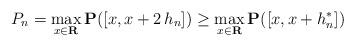
LaTeX: \begin{align*}P_{n}=\max_{x\in {\bf R}}{\bf P}([x,x+2\,h_{n}])\geq \max_{x\in {\bf R}}{\bf P}([x,x+h_{n}^{*}]) \end{align*}